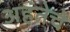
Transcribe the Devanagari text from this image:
अहंतेचे